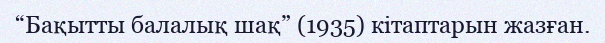
“Бақытты балалық шақ” (1935) кітаптарын жазған.